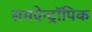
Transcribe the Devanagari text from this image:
समऐन्ट्रॉपिक